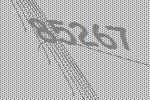
85267